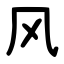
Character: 风